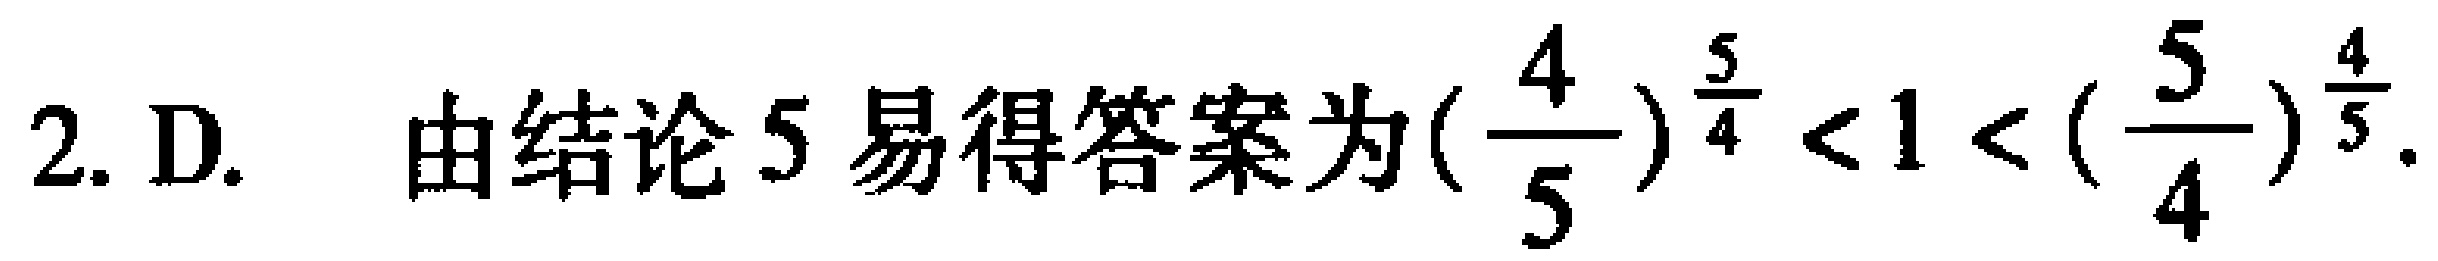
2. D. 由结论 5 易得答案为\((\frac{4}{5})^{\frac{5}{4}}<1<(\frac{5}{4})^{\frac{4}{5}}\).